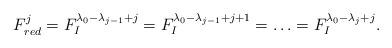
LaTeX: \begin{align*}F_{red}^j={F}_I^{\lambda_0-\lambda_{j-1}+j}={F}_I^{\lambda_0-\lambda_{j-1}+j+1}=\ldots={F}_I^{\lambda_0-\lambda_j+j}.\end{align*}